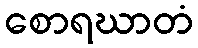
စောရဃာတံ